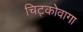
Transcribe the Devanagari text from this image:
चिट्कोवागा